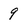
Character: 9